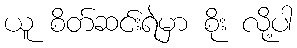
ယူ စိတ်ဆင်းရဲမှာ စိုး လို့ပါ